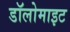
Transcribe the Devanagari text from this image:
डॉलोमाइट